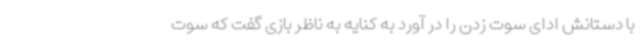
با دستانش ادای سوت زدن را در آورد به کنایه به ناظر بازی گفت که سوت